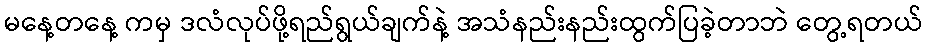
မနေ့တနေ့ ကမှ ဒလံလုပ်ဖို့ရည်ရွယ်ချက်နဲ့ အသံနည်းနည်းထွက်ပြခဲ့တာဘဲ တွေ့ရတယ်